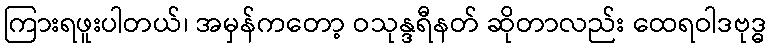
ကြားရဖူးပါတယ်၊ အမှန်ကတော့ ဝသုန္ဒရီနတ် ဆိုတာလည်း ထေရဝါဒဗုဒ္ဓ